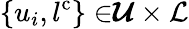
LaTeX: {\{ u_{i},l^{\mathrm{c}}\} \in}{\boldsymbol{\mathcal{U}}\times\mathcal{L}}